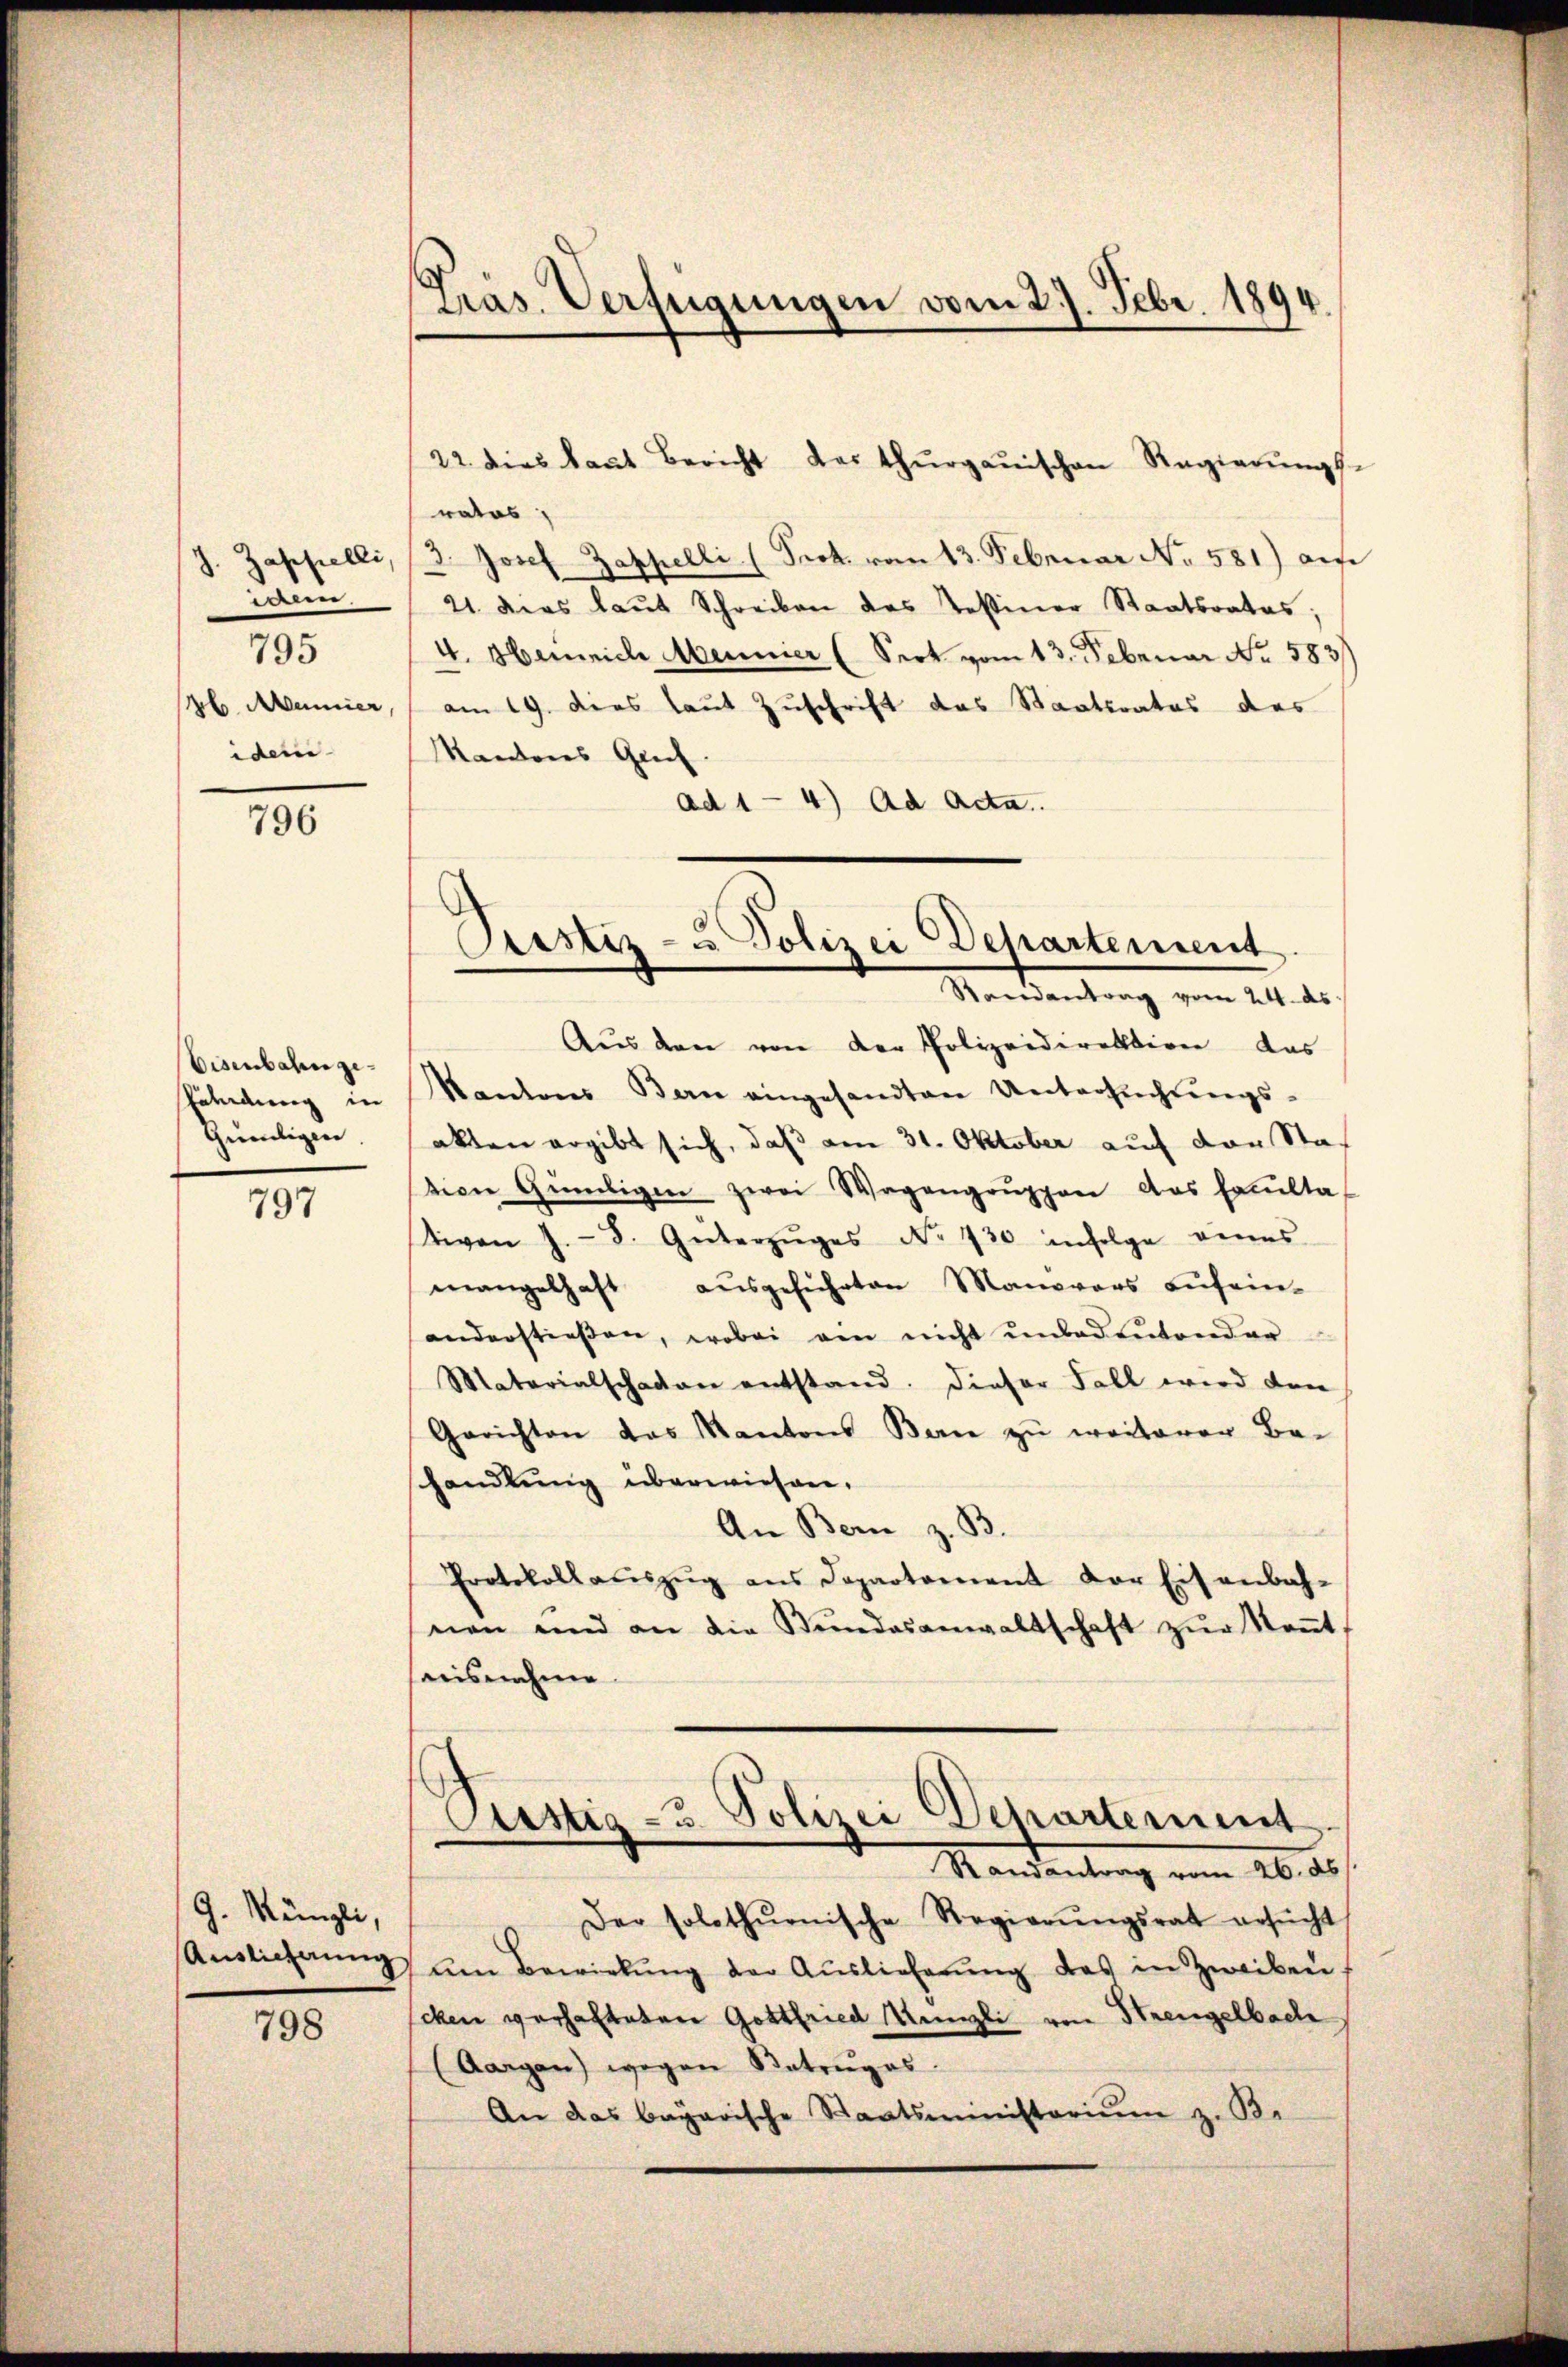
J. Zapfelli,
in.
b. Mannier
idem

795

796

Eisenbahn ge¬
Päladung in
Günligen.

797

G. Müngli,

798

Pras. Verfügungen vom 27. Febr. 1894.

ratos,
3. Josef Zappelli (Prot. vom 13. Februar No 581) auf
21. dies laut Schreiben des Tessiner Staatsrates;
4. Henrich Mennier (Sert vom 13. Februar No. 583/
am 19. dies laut Zuschrift das Staatsrates des
Mantons Greif
ad 1 - 4) Ad Acta.

22. dies kannt Bericht das Thurgauischen Regierŭngs-

l
Oustiz- u Polizei Departement
Randantrag vom 24. ds.

Aŭs den von der Polizeidirektion das
Kantons Bern eingesandten Untersuchungsakten ergibt sich, daß am 31. Oktober auf von Stof
tion Gündigen zwei Wagengruppen das Facultat
tiven J.- 8. Güterzŭges No 730 infolge eines
mangelhaft aŭsgeführten Manovars aŭf ein-
anderstießen, wobei ein nicht ŭnbedeŭtender
Materialschaden entstand. Dieser Fall wird den
Gerichten das Kantons Bern zu weiterer Be-
shandlung überwiesen.
An Bern z. B.
Protokollaŭszŭg ans Departement der Eisenbah-
nen und an die Stŭndesanwaltschaft zŭr Keṅt
haisnahme
Justiz- u. Polizei Departement
Randantrag vom 26. ds.
Der solothŭrnische Regierŭngsrat ersŭcht,
Auslieferŭng am Bewirkung der Auslieferŭng das in Zweibencken verhalteten Gottfried Münzli von Strengelbach
(Aargau) wegen Kateŭgas
An das bayarische Staatsministoriŭm z. B.